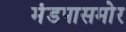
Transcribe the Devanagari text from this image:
मंडपासमोर